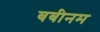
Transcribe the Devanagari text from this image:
बबीनम